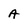
Character: A